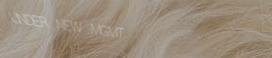
UNDER NEW MGMT